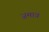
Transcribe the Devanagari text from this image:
ज़माव